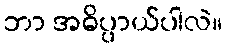
ဘာ အဓိပ္ပာယ်ပါလဲ။